Vaccination returns of the Province of Eastern Bengal and Assam - 1905-1912
Year: 1905
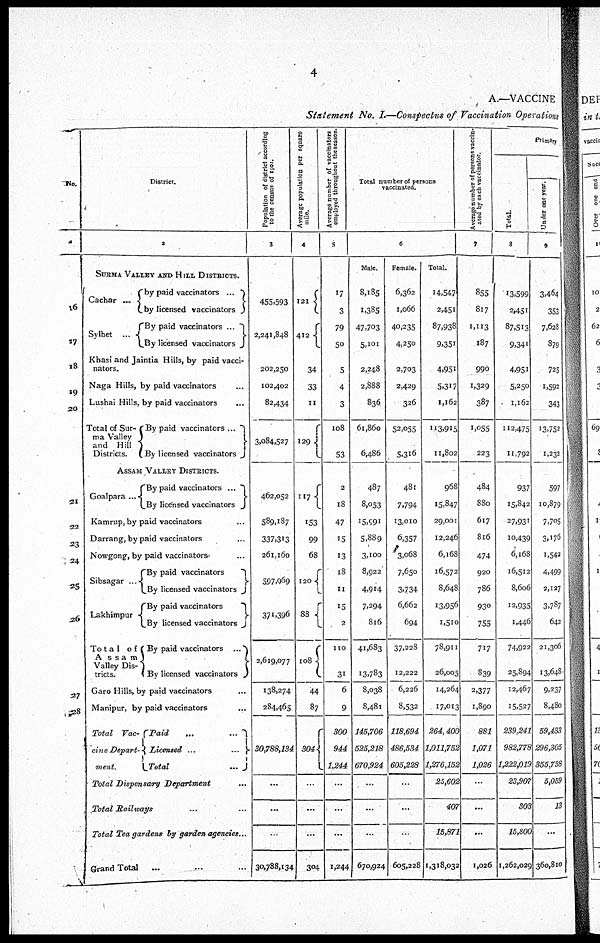
4
A.—VACCINE
Statement No. I.—Conspectus of Vaccination Operations
No.
1
16
17
18
19
20
21
22
23
24
25
26
27
28
District.
2
SURMA VALLEY AND HILL DISTRICTS.
Cachar ...
Sylhet...
by paid vaccinators...
by licensed vaccinators
By paid vaccinators ...
By licensed vaccinators
Khasi and Jaintia Hills, by paid vacci-
nators.
Naga Hills, by paid vaccinators...
Lushai Hills, by paid vaccinators...
Total of Sur-
ma Valley
and Hill
Districts.
By paid vaccinators ...
By licensed vaccinators
ASSAM VALLEY DISTRICTS.
Goalpara ...
By paid vaccinators...
By licensed vaccinators
Kamrup, by paid vaccinators...
Darrang, by paid vaccinators...
Nowgong, by paid vaccinators...
Sibsagar ...
Lakhimpur...
Tota1 of
Assam
Valley Dis-
tricts.
By paid vaccinators
By licensed vaccinators
By paid vaccinators
By licensed vaccinators
By paid vaccinators...
By licensed vaccinators
Garo Hills, by paid vaccinators...
Manipur, by paid vaccinators...
Total Vac-
cine Depart-
ment.
Paid...
...
Licensed ...
...
Total...
Total Dispensary Department...
Total Railways...
Total Tea gardens by garden agencies...
Grand Total... ...
Population of district according
to the census of 1901.
3
455,593
2,241,848
202,250
102,402
82,434
3,084,527
462,052
589,187
337,313
261,160
597,969
371,396
2,619,077
138,274
284,465
30,788,134
...
...
...
30,788,134
Average population per square
mile.
4
121
412
34
33
11
129
117
153
99
68
120
88
108
44
87
304
...
...
...
304
Average number of vaccinators
employed throughout the season.
5
17
3
79
50
5
4
3
108
53
2
18
47
15
13
18
11
15
2
110
31
6
9
300
944
1,244
...
...
...
1,244
Total number of persons
vaccinated.
6
Male.
8,185
1,385
47,703
5,101
2,248
2,888
836
61,860
6,486
487
8,053
15,991
5,889
3,100
8,922
4,914
7,294
816
41,683
13,783
8,038
8,481
145,706
525,218
670,924
...
...
...
670,924
Female.
6,362
1,066
40,235
4,250
2,703
2,429
326
52,055
5,316
481
7,794
13,010
6,357
3,068
7,650
3,734
6,662
694
37,228
12,222
6,226
8,532
118,694
486,534
605,228
...
...
...
605,228
Total.
14,547
2,451
87,938
9,351
4,951
5,317
1,162
113,915
11,802
968
15,847
29,001
12,246
6,168
16,572
8,648
13,956
1,510
78,911
26,005
14,264
17,013
264,400
1,011,752
1,276,152
25,602
407
15,871
1,318,032
Average number of persons vaccin-
ated by each vaccinator.
7
855
817
1,113
187
990
1,329
387
1,055
223
484
880
617
816
474
920
786
930
755
717
839
2,377
1,890
881
1,071
1,026
...
...
...
1,026
Primary
Total.
8
13,599
2,451
87,513
9,341
4,951
5,250
1,162
112,475
11,792
937
15,842
27,931
10,439
6,168
16,512
8,606
12,935
1,446
74,922
25,894
12,467
15,527
239,241
982,778
1,222,019
23,907
303
15,800
1,262,029
Under one year.
9
3,464
353
7,628
879
725
1,592
343
13,752
1,232
597
10,879
7,705
3,176
1,542
4,499
2,127
3,787
642
21,306
13,648
9,237
8,480
59,433
296,305
355,738
5,059
13
...
360,810